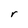
Character: r